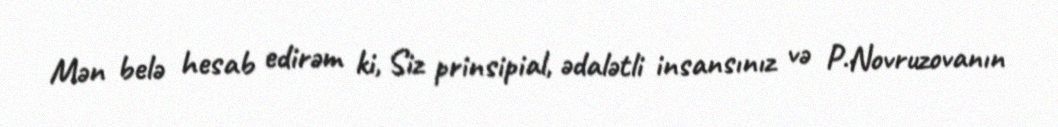
Mən belə hesab edirəm ki, Siz prinsipial, ədalətli insansınız və P.Novruzovanın